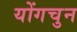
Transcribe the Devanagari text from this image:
योंगचुन